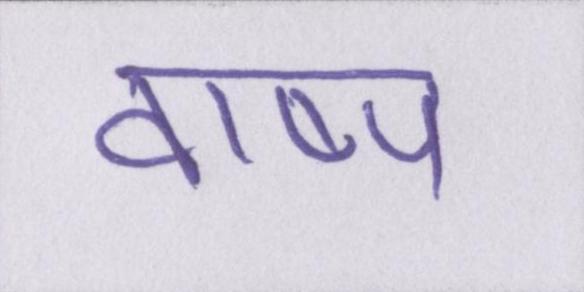
वाष्प